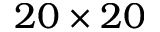
2 0 \times 2 0